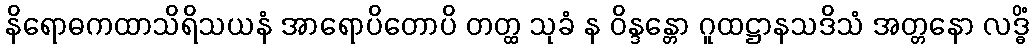
နိရောဓကထာသိရိသယနံ အာရောပိတောပိ တတ္ထ သုခံ န ဝိန္ဒန္တော ဂူထဋ္ဌာနသဒိသံ အတ္တနော လဒ္ဓိံ